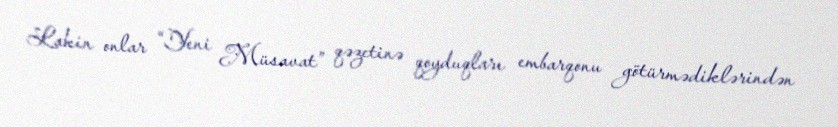
Lakin onlar “Yeni Müsavat” qəzetinə qoyduqları embarqonu götürmədiklərindən